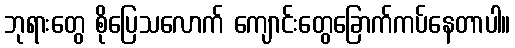
ဘုရားတွေ စိုပြေသလောက် ကျောင်းတွေခြောက်ကပ်နေတာပါ။